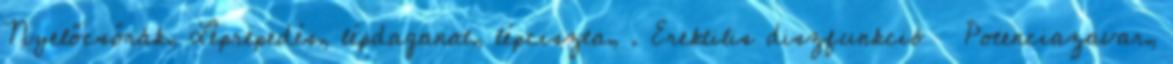
Nyelőcsőrák, Léprepedés, lépdaganat, lépciszta, . Erektilis diszfunkció Potenciazavar,